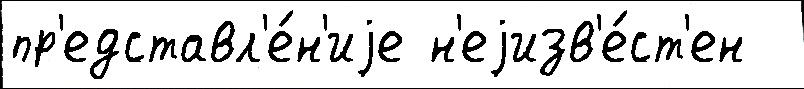
пр'едставл'е́н'иjе н'еjизв'е́ст'ен